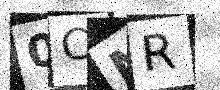
Text: 0CNR